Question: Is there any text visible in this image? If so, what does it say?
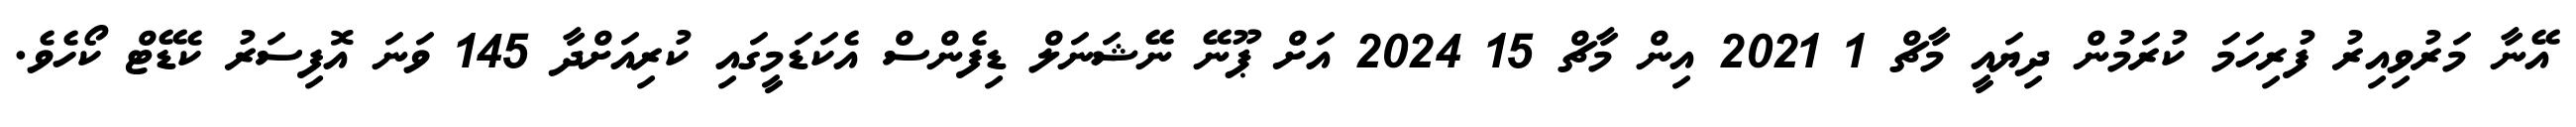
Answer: އޭނާ މަރުވިއިރު ފުރިހަމަ ކުރަމުން ދިޔައީ މާޗް 1 2021 އިން މާޗް 15 2024 އަށް ޕޫނޭ ނޭޝަނަލް ޑިފެންސް އެކަޑަމީގައި ކުރިއަށްދާ 145 ވަނަ އޮފިސަރު ކެޑޭޓް ކޯހެވެ.